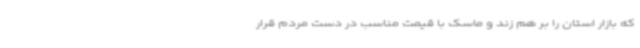
که بازار استان را بر هم زند و ماسک با قیمت مناسب در دست مردم قرار